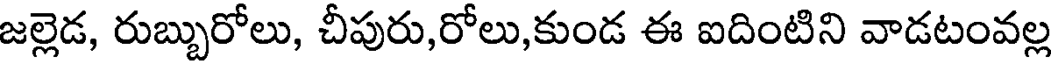
జల్లెడ, రుబ్బురోలు, చీపురు,రోలు,కుండ ఈ ఐదింటిని వాడటంవల్ల